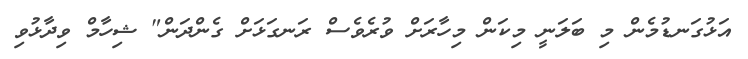
އަޅުގަނޑުމެން މި ބަލަނީ މިކަން މިހާރަށް ވުރެވެސް ރަނގަޅަށް ގެންދަން" ޝިހާމް ވިދާޅުވި